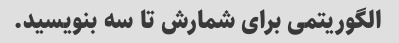
الگوریتمی برای شمارش تا سه بنویسید.